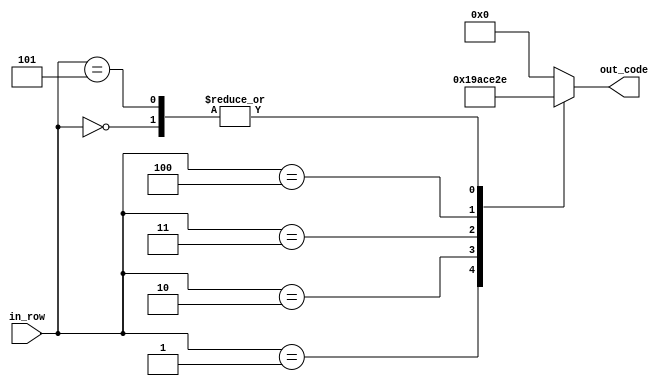
module num_0(
    input [2:0] in_row,
    output reg [4:0] out_code
    );

parameter [4:0] d_0 = 5'b01110; //  XXX
parameter [4:0] d_1 = 5'b11001; // XX  X
parameter [4:0] d_2 = 5'b10101; // X X X
parameter [4:0] d_3 = 5'b10011; // X  XX
parameter [4:0] d_4 = 5'b10001; // X   X


always @ *
begin
	case (in_row)
		3'b000:
			out_code = d_0;
		3'b001:
			out_code = d_1;
		3'b010:
			out_code = d_2;
		3'b011:
			out_code = d_3;
		3'b100:
			out_code = d_4;
		3'b101:
			out_code = d_0;
		default:
			out_code = 5'b0;
	endcase
end

endmodule